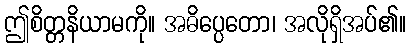
ဤစိတ္တနိယာမကို။ အဓိပ္ပေတော၊ အလိုရှိအပ်၏။